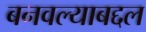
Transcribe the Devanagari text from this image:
बनवल्याबद्दल